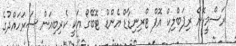
ރަސްމީކޮށް ރިޕަބްލިކް އޮފް ޓްރިނިޑާޑް އެންޑް ޓޮބޭގޯ އަކީ ކެރިބިއަން ސަރަހައްދުގެ